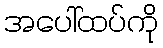
အပေါ်ထပ်ကို